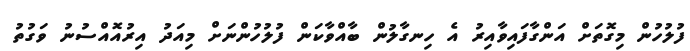
ފުލުހުން މިގޮތަށް އަންގާފައިވާއިރު އެ ހިނގާލުން ބާއްވާކަން ފުލުހުންނަށް މިއަދު އިރުއޮއްސުނު ވަގުތު